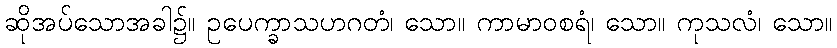
ဆိုအပ်သောအခါ၌။ ဥပေက္ခာသဟဂတံ၊ သော။ ကာမာဝစရံ၊ သော။ ကုသလံ၊ သော။